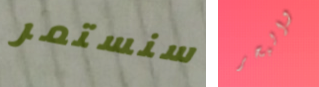
سنستمر والبحر